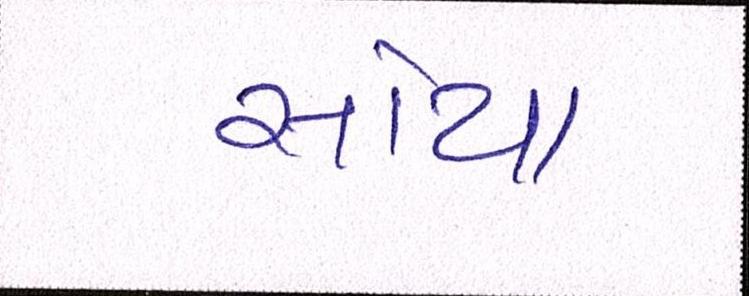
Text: સોયા